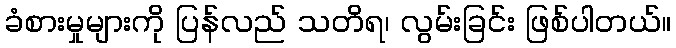
ခံစားမှုများကို ပြန်လည် သတိရ၊ လွမ်းခြင်း ဖြစ်ပါတယ်။